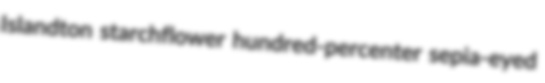
Islandton starchflower hundred-percenter sepia-eyed